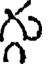
గు